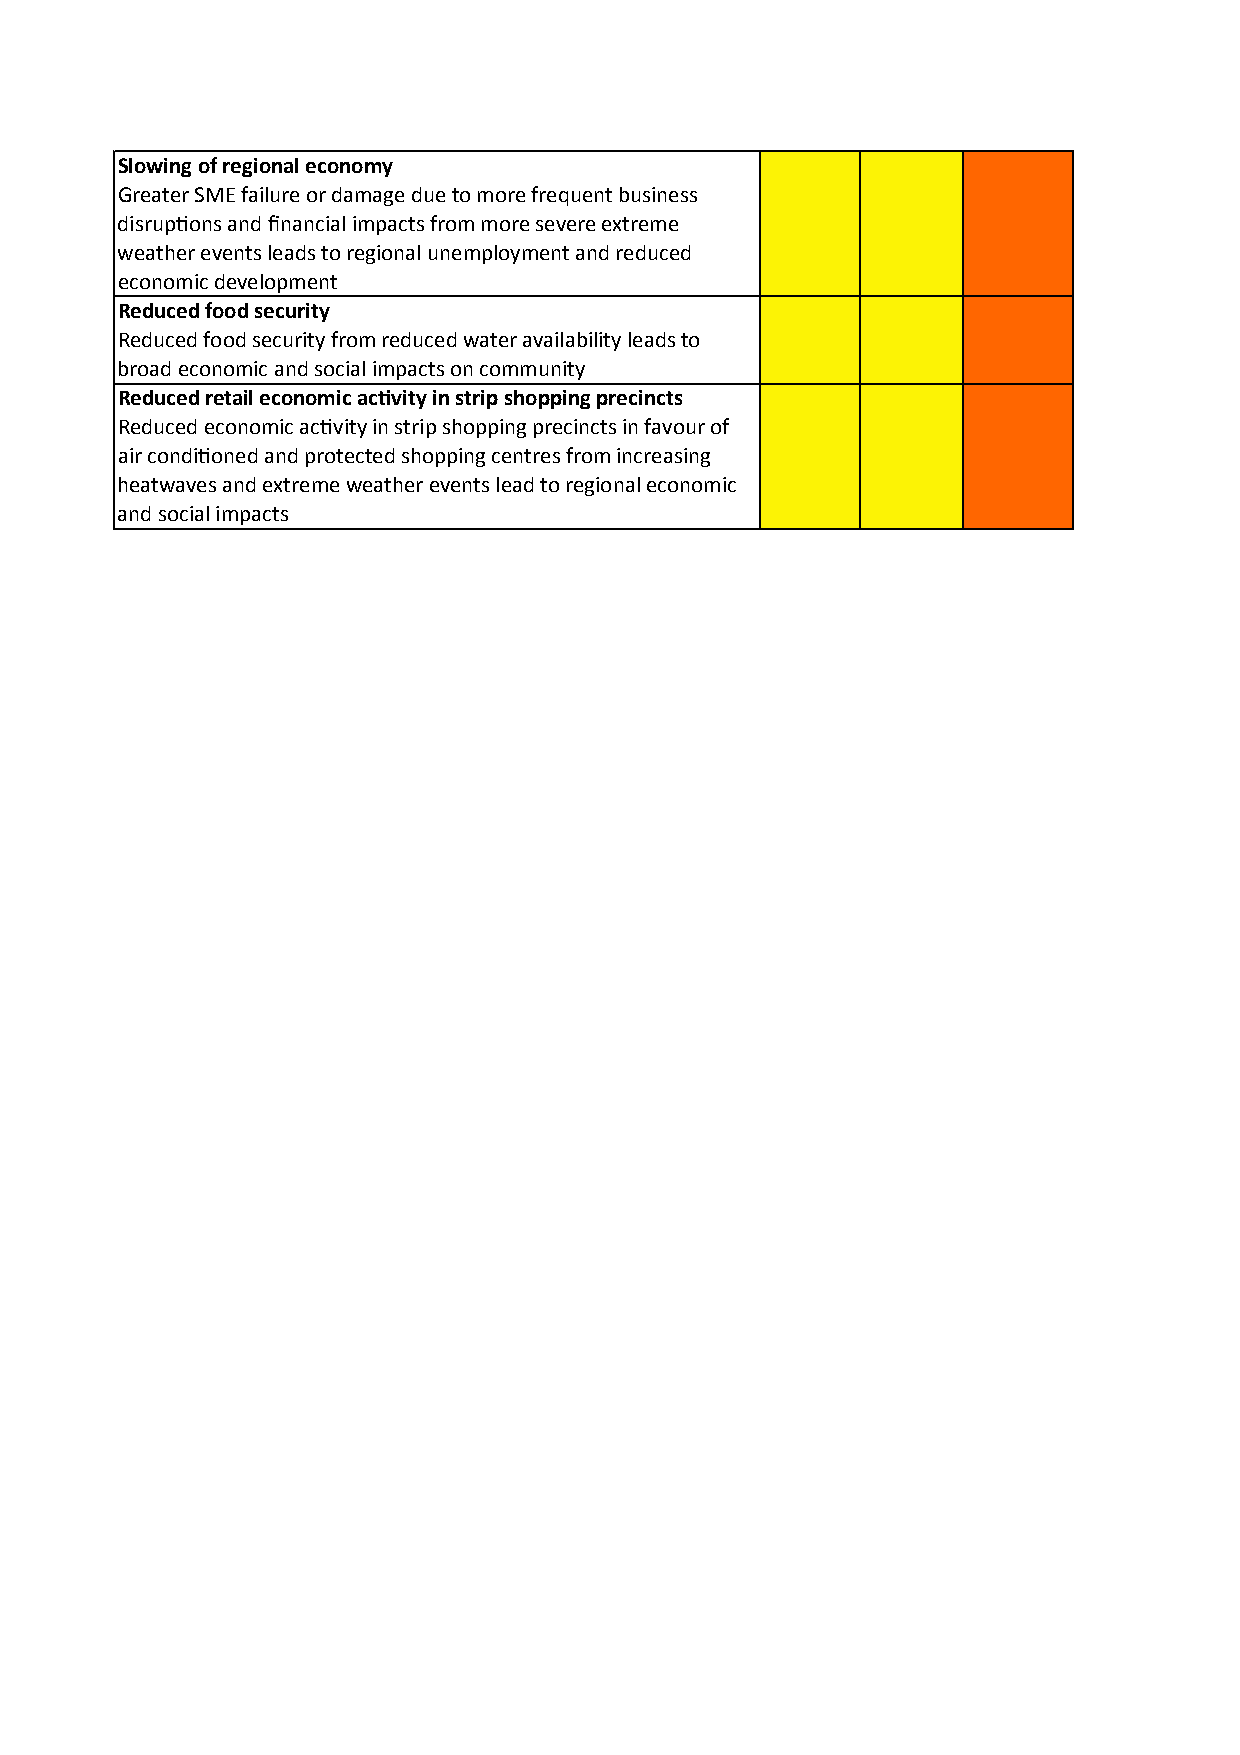
Slowing of regional economy
 Greater SME failure or damage due to more frequent business
 disrupBons and financial impacts from more severe extreme
 weather events leads to regional unemployment and reduced
 economic development
 Reduced food security
 Reduced food security from reduced water availability leads to
 broad economic and social impacts on community
 Reduced retail economic acGvity in strip shopping precincts
 Reduced economic acBvity in strip shopping precincts in favour of
 air condiBoned and protected shopping centres from increasing
 heatwaves and extreme weather events lead to regional economic
 and social impacts